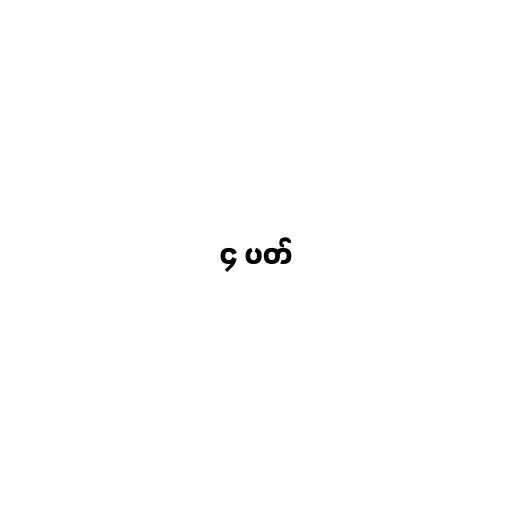
၄ ပတ်